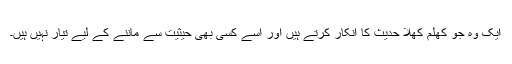
ایک وہ جو کھلم کھلا حدیث کا انکار کرتے ہیں اور اسے کسی بھی حیثیت سے ماننے کے لیے تیار نہیں ہیں۔